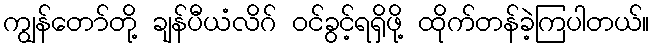
ကျွန်တော်တို့ ချန်ပီယံလိဂ် ဝင်ခွင့်ရရှိဖို့ ထိုက်တန်ခဲ့ကြပါတယ်။